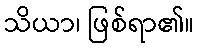
သိယာ၊ ဖြစ်ရာ၏။